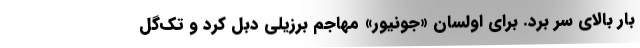
بار بالای سر برد. برای اولسان «جونیور» مهاجم برزیلی دبل کرد و تک‌گل